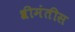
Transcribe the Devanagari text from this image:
श्रीमंतीस